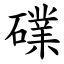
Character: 礏